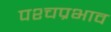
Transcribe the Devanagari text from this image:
पश्चप्रभाव